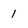
Character: 1